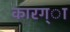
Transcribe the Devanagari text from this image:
कारग्ा